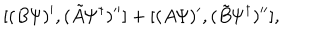
[ ( B { \mit \Psi } ) ^ { \prime } , ( \tilde { A } { \mit \Psi } ^ { \dagger } ) ^ { \prime \prime } ] + [ ( A { \mit \Psi } ) ^ { \prime } , ( \tilde { B } { \mit \Psi } ^ { \dagger } ) ^ { \prime \prime } ] ,